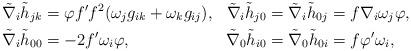
LaTeX: \begin{align*}\begin{aligned}\tilde{\nabla}_i\tilde{h}_{jk}&=\varphi f'f^2(\omega_jg_{ik}+\omega_kg_{ij}),&\tilde{\nabla}_i\tilde{h}_{j0}&=\tilde{\nabla}_i\tilde{h}_{0j}=f\nabla_i\omega_j\varphi,\\\tilde{\nabla}_i\tilde{h}_{00}&=-2f'\omega_i\varphi,&\tilde{\nabla}_0\tilde{h}_{i0}&=\tilde{\nabla}_0\tilde{h}_{0i}=f\varphi'\omega_i,\end{aligned}\end{align*}